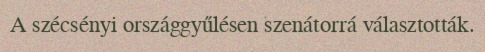
A szécsényi országgyűlésen szenátorrá választották.